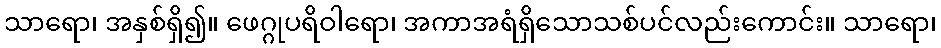
သာရော၊ အနှစ်ရှိ၍။ ဖေဂ္ဂုပရိဝါရော၊ အကာအရံရှိသောသစ်ပင်လည်းကောင်း။ သာရော၊